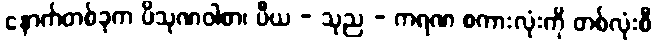
နောက်တစ်ခုက ပိသုဏဝါစာ၊ ပီယ - သုည - ကရဏ စကားလုံးကို တစ်လုံးစီ